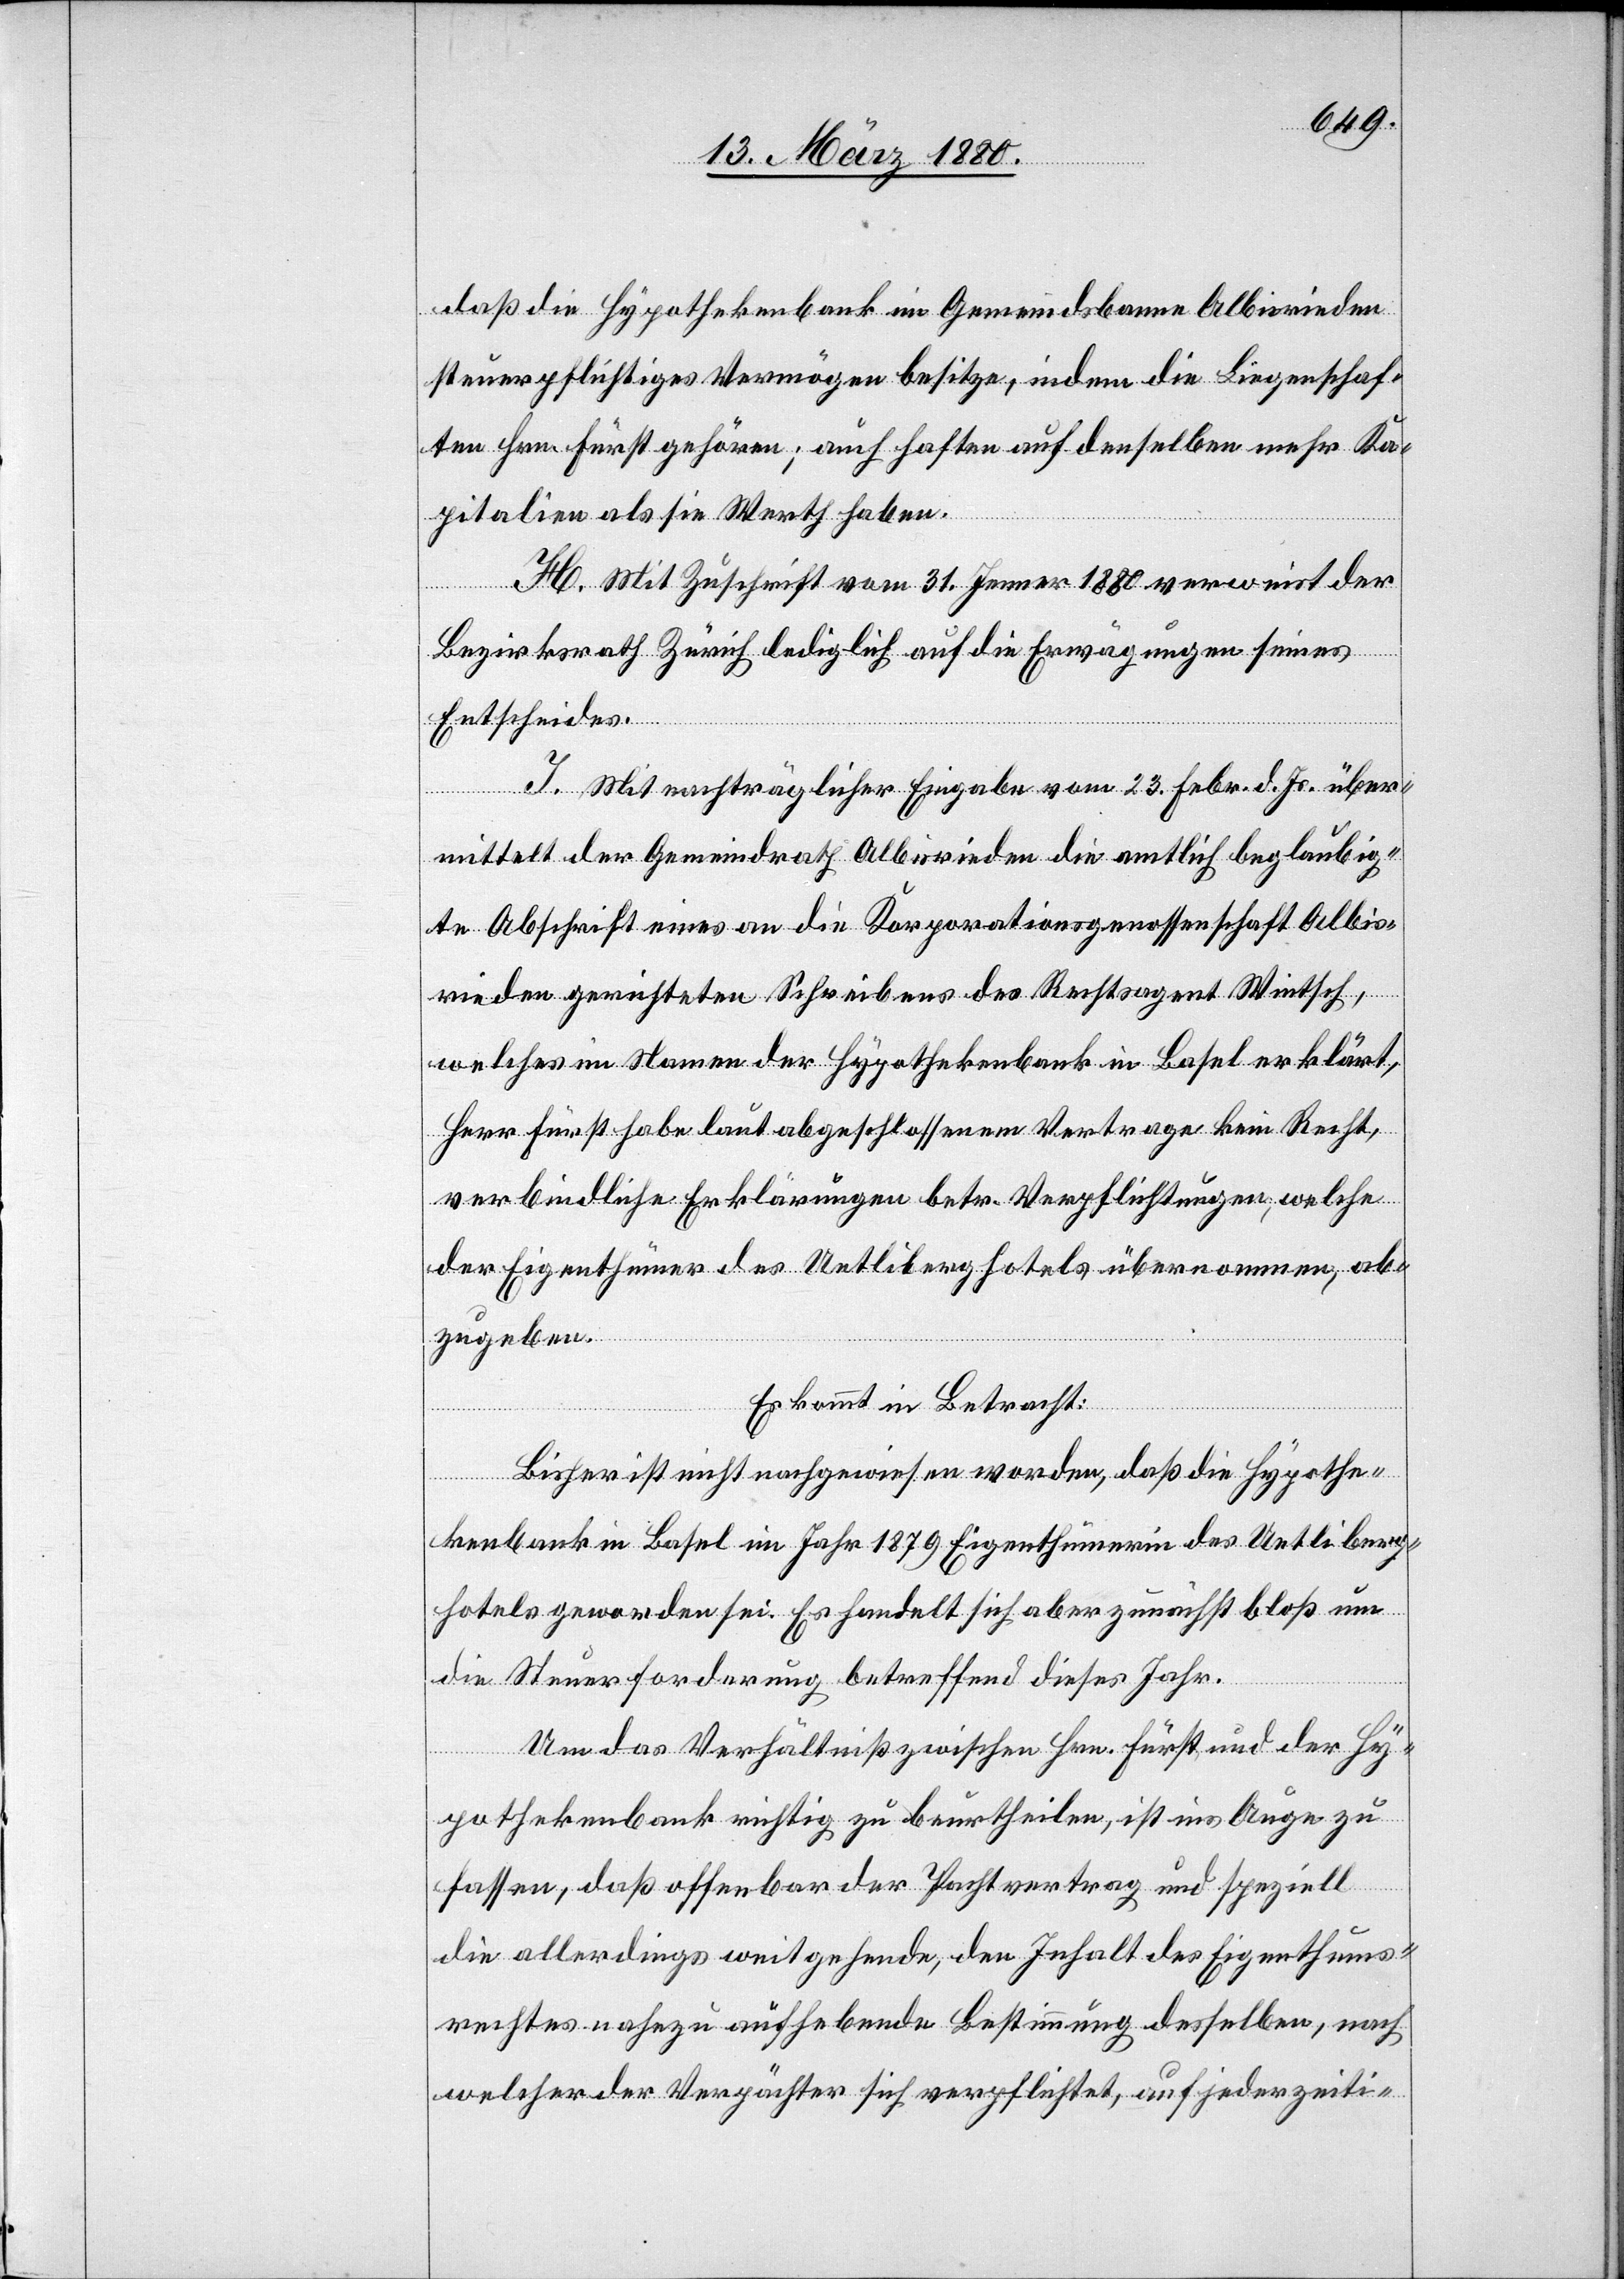
daß die Hypothekenbank im Gemeindsbanne Albisrieden
steuerpflichtiges Vermögen besitze, indem die Liegenschaf¬
ten Hrn. Fürst gehören; auch haften auf denselben mehr Ka¬
pitalien als sie Werth haben.
H. Mit Zuschrift vom 31. Jenner 1880 verweist der
Bezirksrath Zürich lediglich auf die Erwägungen seines
Entscheides.
I. Mit nachträglicher Eingabe vom 23. Febr. d. Js. über¬
mittelt der Gemeindrath Albisrieden die amtlich beglaubig¬
te Abschrift eines an die Korporationsgenossenschaft Albis¬
rieden gerichteten Schreibens des Rechtsagent Wintsch,
welches im Namen der Hypothekenbank in Basel erklärt,
Herr Fürst habe laut abgeschlossenem Vertrage kein Recht,
verbindliche Erklärungen betr. Verpflichtungen, welche
der Eigenthümer des Uetliberghofes übernommen, ab¬
zugeben.
Es kommt in Betracht:
Bisher ist nicht nachgewiesen worden, daß die Hypothe¬
kenbank in Basel im Jahr 1879 Eigenthümerin des Uetliberg¬
hotels geworden sei. Es handelt sich aber zunächst bloß um
die Steuerforderung betreffend dieses Jahr.
Um das Verhältniß zwischen Hrn. Fürst und der Hy¬
pothekenbank richtig zu beurtheilen, ist ins Auge zu
fassen, daß offenbar der Pachtvertrag und speziell
die allerdings weitgehende, den Inhalt des Eigenthums¬
rechtes nahezu aufhebende Bestimmung desselben, nach
welcher der Verpächter sich verpflichtet, auf jederzeiti-